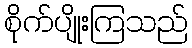
စိုက်ပျိုးကြသည်